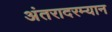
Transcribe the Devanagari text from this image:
अंतरादरम्यान